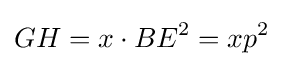
GH=x\cdot BE^{2}=xp^{2}